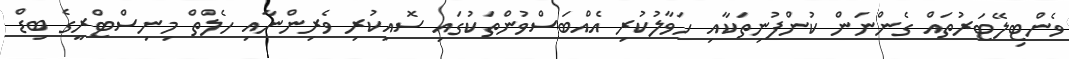
ވެންޓިލޭޓަރުތައް ގެންނަން ކުންފުނިތަކާއި ހަވާލުކުރި އެއްބަސްވުންތަކުގައި ސޮއިކުރި ވެރިންނާއި ހެލްތް މިނިސްޓްރީގެ ބިޑް